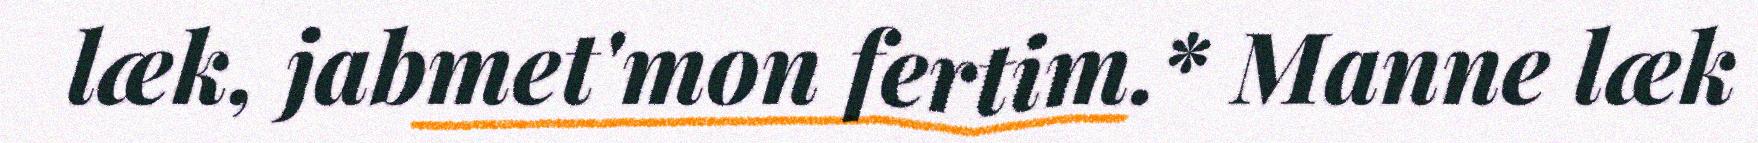
læk, jabmet'mon fertim.* Manne læk